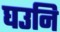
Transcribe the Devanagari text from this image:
घउनि